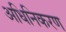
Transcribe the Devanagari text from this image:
अधिनिकरण